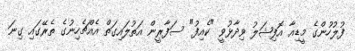
ފުލުހުންގެ މީޑިއާ އޮފިޝަލު ވިދާޅުވީ "ކެއިފު" ސަފާރީން އަތުލައިގަތް އެއްޗެހިނުގެ ތެރޭގައި ގިނަ